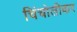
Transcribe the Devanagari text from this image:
चिंचोलीकर